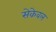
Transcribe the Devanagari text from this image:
सेकेवल